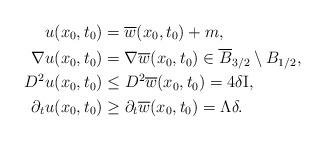
LaTeX: \begin{align*}u(x_0,t_0) &= \overline w(x_0,t_0)+m, \\\nabla u(x_0,t_0) &= \nabla \overline w(x_0,t_0) \in \overline B_{3/2} \setminus B_{1/2}, \\D^2 u(x_0,t_0) &\leq D^2 \overline w(x_0,t_0) = 4\delta \mathrm I, \\\partial_t u(x_0,t_0) &\geq \partial_t \overline w(x_0,t_0) = \Lambda \delta.\end{align*}